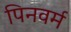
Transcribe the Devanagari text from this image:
पिनवर्म